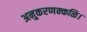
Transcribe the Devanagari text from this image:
अनुकरणक्कळि।